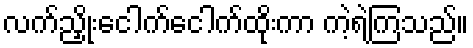
လက်ညှိုးငေါက်ငေါက်ထိုးကာ ကဲ့ရဲ့ကြသည်။